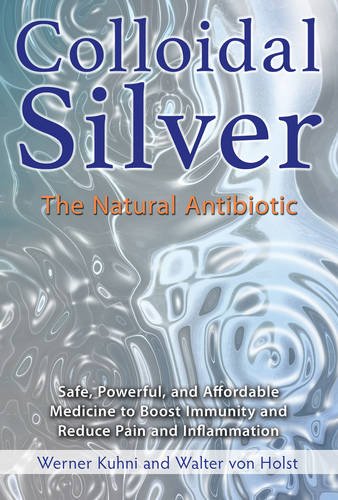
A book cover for Colloidal Silver: The Natural Antibiotic; Werner KÃ¼hni; Health, Fitness & Dieting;